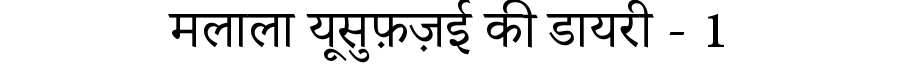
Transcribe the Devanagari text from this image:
मलाला यूसुफ़ज़ई की डायरी - 1